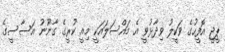
ޕީޖީ އޮފީހުގެ ވަކީލު ވިދާޅުވީ އެ މައްސަލައަކީ މިއީ ކުރީގެ ގާނޫނު އަސާސީގެ